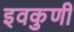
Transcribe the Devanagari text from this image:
इवकुणी